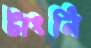
টাংনি